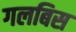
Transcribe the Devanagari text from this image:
गलबिस